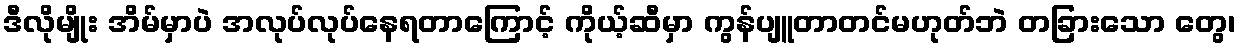
ဒီလိုမျိုး အိမ်မှာပဲ အလုပ်လုပ်နေရတာကြောင့် ကိုယ့်ဆီမှာ ကွန်ပျူတာတင်မဟုတ်ဘဲ တခြားသော တွေ၊